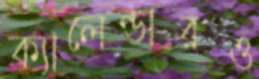
ক্যালেন্ডারও